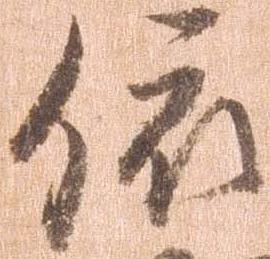
依